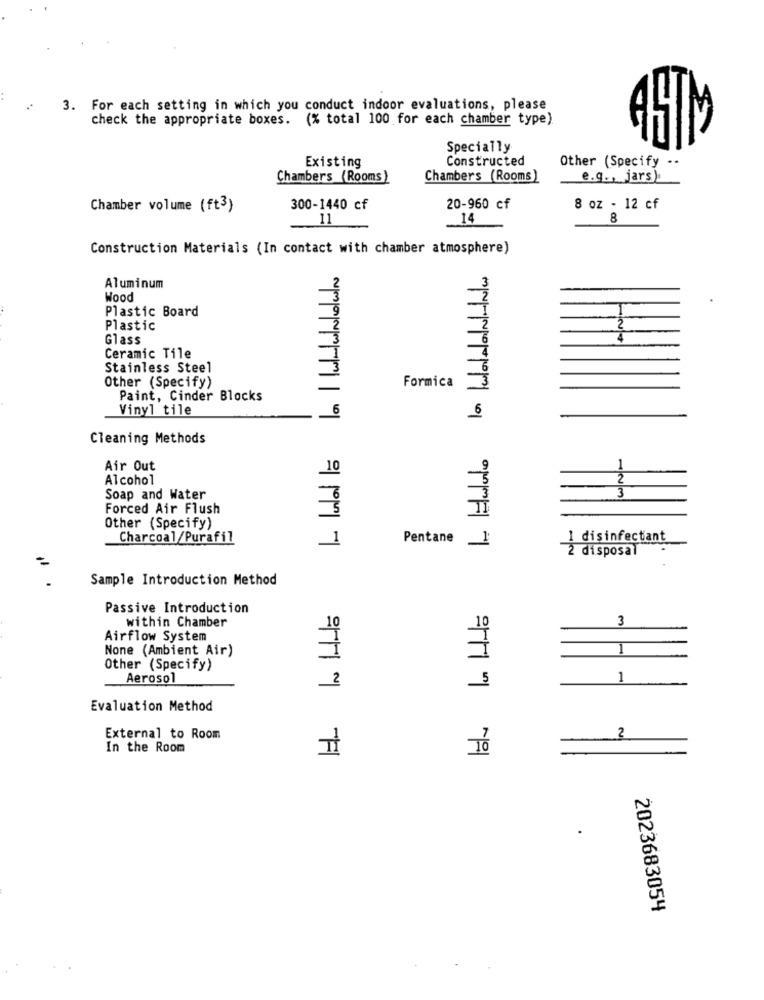
3. For each setting in which you conduct indoor evaluations, please
check the appropriate boxes. (% total 100 for each chamber type)
Specially
Constructed
Other (Specify ..
Existing
Chambers (Rooms)
Chambers (Rooms)
e.g ., jars)
Chamber volume (ft3)
300-1440 cf
20-960 cf
8 oz - 12 cf
11
14
8
Construction Materials (In contact with chamber atmosphere)
la wordlaN-INw
Aluminum
Wood
Plastic Board
Plastic
2
Glass
Ceramic Tile
Stainless Steel
3
Other (Specify)
3
Formica
Paint, Cinder Blocks
Vinyl tile
6
6
Cleaning Methods
Air Out
10
Alcohol
Soap and Water
123
Forced Air Flush
Other (Specify)
Charcoal/Purafil
1 disinfectant
1
Pentane 1
2 disposal
Sample Introduction Method
Passive Introduction
within Chamber
3
10
10
Airflow System
None (Ambient Air)
1
Other (Specify)
Aerosol
1
2
Evaluation Method
External to Room
2
In the Room
금
2023683054